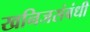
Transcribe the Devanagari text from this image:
खनिजसंबंधी